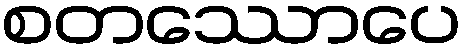
စတဿောပေ